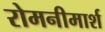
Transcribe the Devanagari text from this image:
रोमनीमार्श